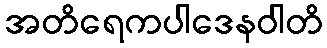
အတိရေကပါဒေနဝါတိ